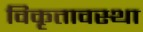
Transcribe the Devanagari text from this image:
विकृतावस्था